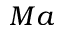
M a